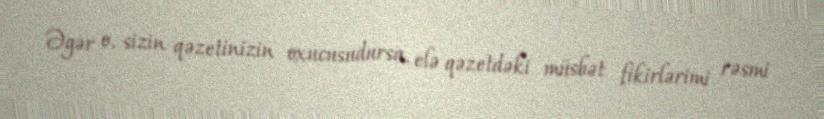
Əgər o, sizin qəzetinizin oxucusudursa, elə qəzetdəki müsbət fikirlərimi rəsmi